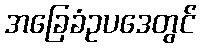
အခြေခံဥပဒေတွင်